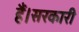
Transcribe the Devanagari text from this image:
हैं।सरकारी